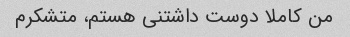
من کاملا دوست داشتنی هستم، متشکرم